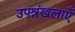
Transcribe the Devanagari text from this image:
उपश्रंखलाएँ